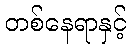
တစ်နေရာနှင့်